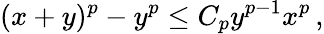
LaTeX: (x+y)^{p}-y^{p}\leq C_{p}y^{p-1}x^{p}\, ,